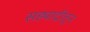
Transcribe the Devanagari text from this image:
सह्याद्रीतून